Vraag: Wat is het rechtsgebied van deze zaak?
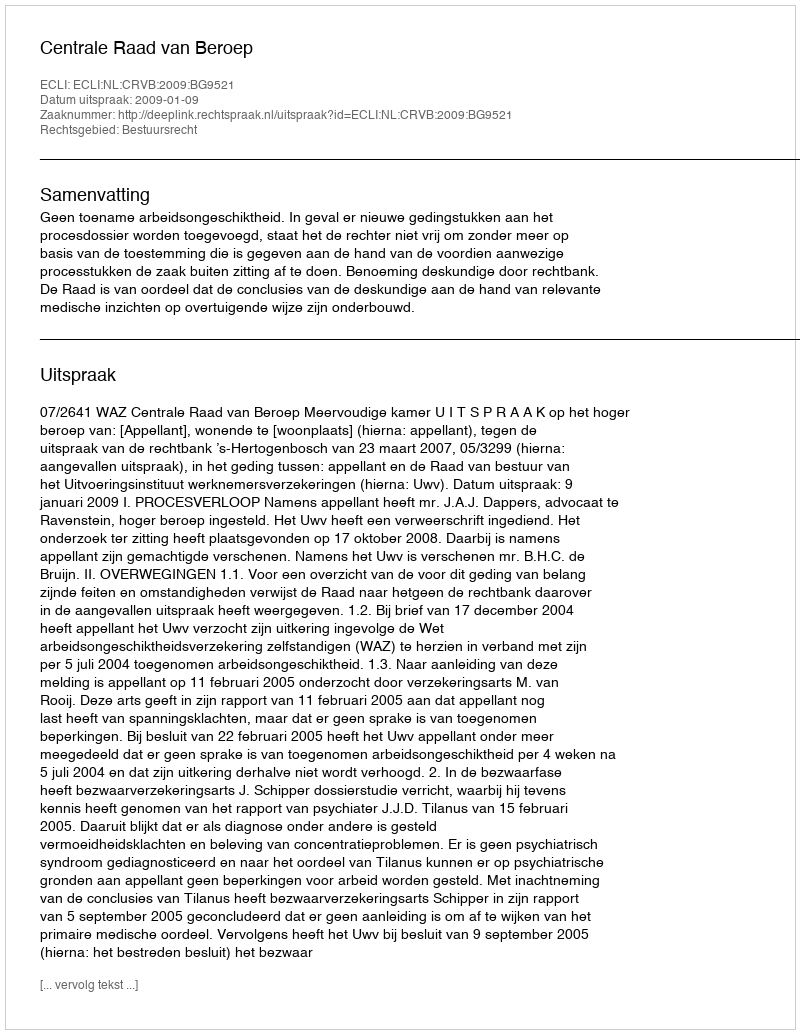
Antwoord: Bestuursrecht